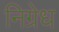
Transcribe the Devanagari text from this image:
निग्रेध